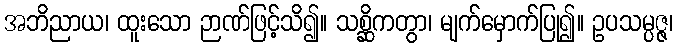
အဘိညာယ၊ ထူးသော ဉာဏ်ဖြင့်သိ၍။ သစ္ဆိကတွာ၊ မျက်မှောက်ပြု၍။ ဥပသမ္ပဇ္ဇ၊